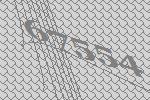
67554